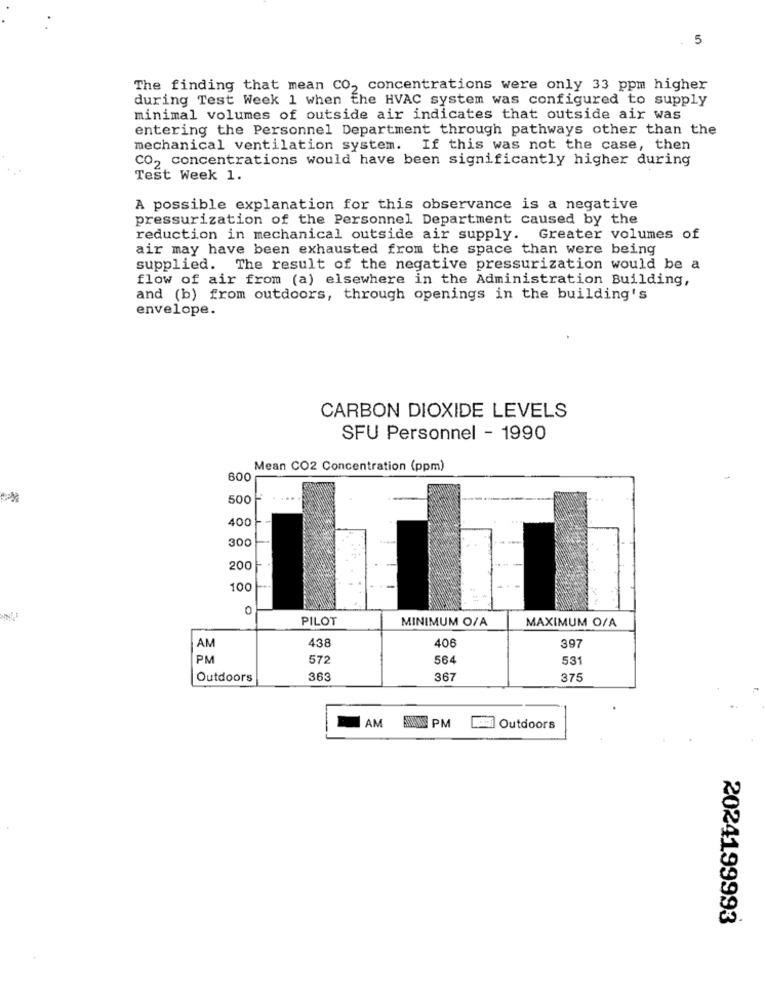
5
The finding that mean CO, concentrations were only 33 ppm higher
during Test Week 1 when the HVAC system was configured to supply
minimal volumes of outside air indicates that outside air was
entering the Personnel Department through pathways other than the
mechanical ventilation system. If this was not the case, then
CO, concentrations would have been significantly higher during
Test Week 1.
A possible explanation for this observance is a negative
pressurization of the Personnel Department caused by the
reduction in mechanical outside air supply. Greater volumes of
air may have been exhausted from the space than were being
supplied. The result of the negative pressurization would be a
flow of air from (a) elsewhere in the Administration Building,
and (b) from outdoors, through openings in the building's
envelope.
CARBON DIOXIDE LEVELS
SFU Personnel - 1990
Mean CO2 Concentration (ppm)
800
500
....
400
1
300
200
100
0
PILOT
MINIMUM O/A
MAXIMUM O/A
438
406
AM
397
PM
572
564
531
Outdoors
36
367
375
AM
AN PM
Outdoors
2024199993